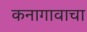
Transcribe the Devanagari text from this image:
कनागावाचा